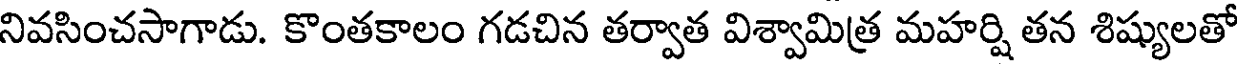
నివసించసాగాడు. కొంతకాలం గడచిన తర్వాత విశ్వామిత్ర మహర్షి తన శిష్యులతో